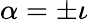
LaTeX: \alpha=\pm\iota